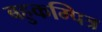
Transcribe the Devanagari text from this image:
बहुकम्पित्र